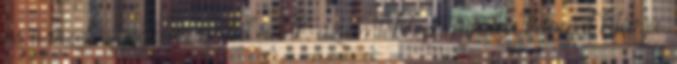
és összefüggéstelen zúdul ránk, az emlékezet minden kapuját kitárja,